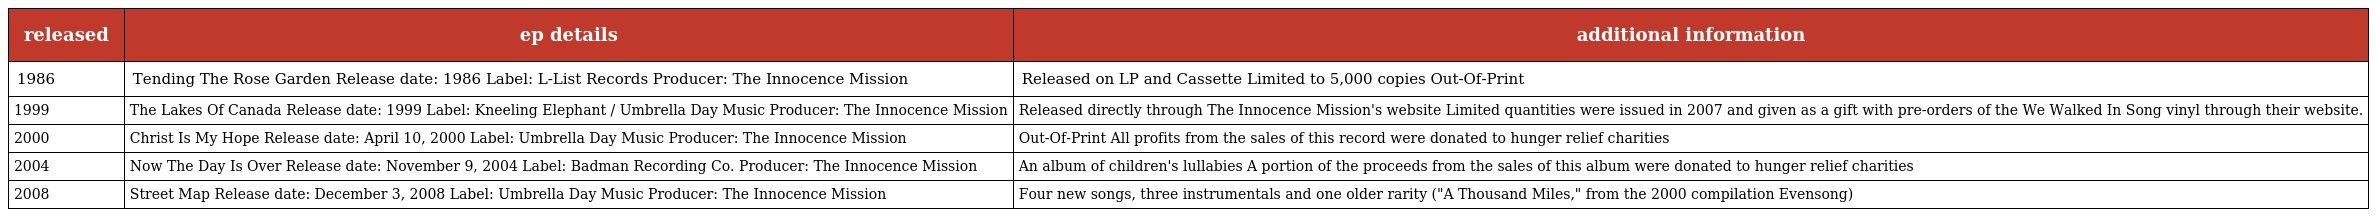
| released | ep details | additional information |
 | --- | --- | --- |
 | 1986 | Tending The Rose Garden Release date: 1986 Label: L-List Records Producer: The Innocence Mission | Released on LP and Cassette Limited to 5,000 copies Out-Of-Print |
 | 1999 | The Lakes Of Canada Release date: 1999 Label: Kneeling Elephant / Umbrella Day Music Producer: The Innocence Mission | Released directly through The Innocence Mission's website Limited quantities were issued in 2007 and given as a gift with pre-orders of the We Walked In Song vinyl through their website. |
 | 2000 | Christ Is My Hope Release date: April 10, 2000 Label: Umbrella Day Music Producer: The Innocence Mission | Out-Of-Print All profits from the sales of this record were donated to hunger relief charities |
 | 2004 | Now The Day Is Over Release date: November 9, 2004 Label: Badman Recording Co. Producer: The Innocence Mission | An album of children's lullabies A portion of the proceeds from the sales of this album were donated to hunger relief charities |
 | 2008 | Street Map Release date: December 3, 2008 Label: Umbrella Day Music Producer: The Innocence Mission | Four new songs, three instrumentals and one older rarity ("A Thousand Miles," from the 2000 compilation Evensong) |